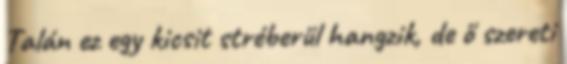
Talán ez egy kicsit stréberül hangzik, de ő szereti